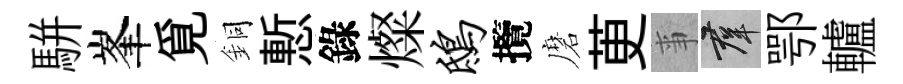
駢峯覓銅慙錄燦鸱攬磨茰亊群鄂轤